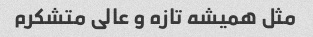
مثل همیشه تازه و عالی متشکرم